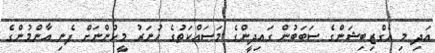
އަދި މި އެގްޒިބިޝަންގެ ސަބަބުން ގައިދީންގެ މަސައްކަތުގެ ހުނަރު މީހުންނަށް ފެނި އާންމުންގެ